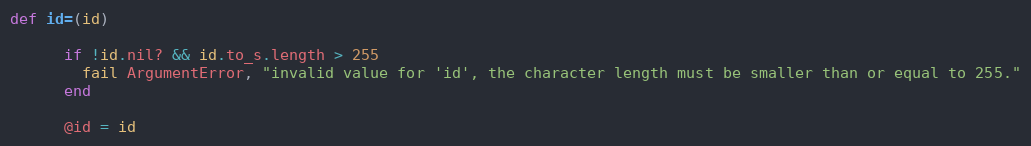
Language: Ruby
def id=(id)

      if !id.nil? && id.to_s.length > 255
        fail ArgumentError, "invalid value for 'id', the character length must be smaller than or equal to 255."
      end

      @id = id